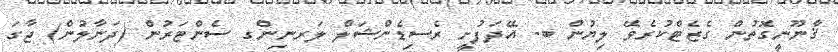
ޤާނޫނީގޮތުން ގެޒެޓްކުރެވޭ ލިޔުން ބ. އޭދަފުށީ ރެސިޑެންޝަލް ލަރނިންގ ސެންޓަރުން (ދަނާލުން) ޖާގަ